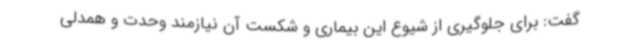
گفت: برای جلوگیری از شیوع این بیماری و شکست آن نیازمند وحدت و همدلی